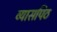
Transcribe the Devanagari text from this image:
व्यासपिठ